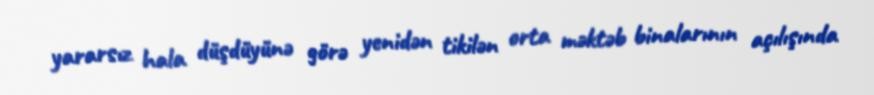
yararsız hala düşdüyünə görə yenidən tikilən orta məktəb binalarının açılışında